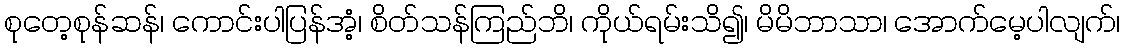
စုတေ့စုန်ဆန်၊ ကောင်းပါပြန်အံ့၊ စိတ်သန်ကြည်ဘိ၊ ကိုယ်ရမ်းသိ၍၊ မိမိဘာသာ၊ အောက်မေ့ပါလျက်၊